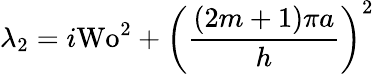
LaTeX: \lambda_{2}=i\textrm{Wo}^{2}+\left(\frac{(2m+1)\pi a}{h}\right)^{2}